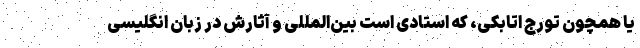
یا همچون تورج اتابکی، که استادی است بین‌المللی و آثارش در زبان انگلیسی